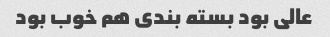
عالی بود بسته بندی هم خوب بود